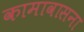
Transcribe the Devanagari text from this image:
कामावासना